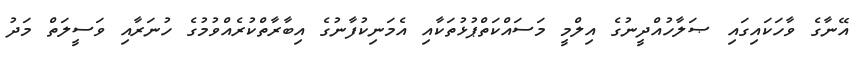
އޭނާގެ ވާހަކައިގައި ޞަލާހުއްދީނުގެ އިލްމީ މަސައްކަތްޕުޅުތަކާއި އެމަނިކުފާނުގެ އިބާރާތްކުރެއްވުމުގެ ހުނަރާއި ވަސީލަތް މަދު